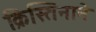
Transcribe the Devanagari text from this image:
क्रिस्तिनाने